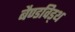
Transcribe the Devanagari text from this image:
बैण्डविड्थ